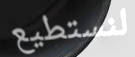
لنستطيع